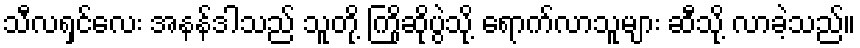
သီလရှင်လေး အနန်ဒါသည် သူတို့ ကြိုဆိုပွဲသို့ ရောက်လာသူများ ဆီသို့ လာခဲ့သည်။